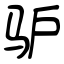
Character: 驴